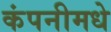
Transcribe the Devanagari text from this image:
कंपनीमधे